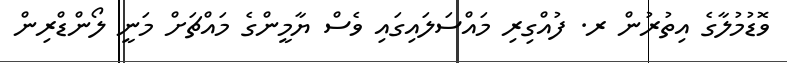
ވޮޑުމުލާގެ އިތުރުން ރ. ފުއްގިރި މައްސަލައިގައި ވެސް ޔާމީންގެ މައްޗަށް މަނީ ލޯންޑްރިން